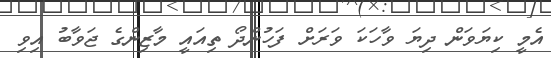
އެމީ ކިޔަވަން ދިޔަ ވާހަކަ ވަރަށް ފަހުންދޯ ތިއައީ މާޒިންގެ ޖަވާބު އިވި